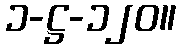
၁-ဋ္ဌ-၁၂၀။